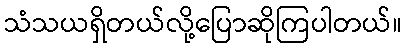
သံသယရှိတယ်လို့ပြောဆိုကြပါတယ်။